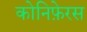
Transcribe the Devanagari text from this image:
कोनिफ़ेरस